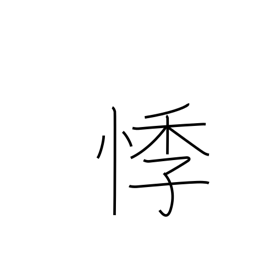
Meaning: shudder